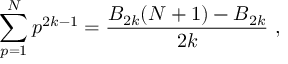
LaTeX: \sum _ { p = 1 } ^ { N } p ^ { 2 k - 1 } = { \frac { B _ { 2 k } ( N + 1 ) - B _ { 2 k } } { 2 k } } \ ,